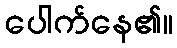
ပေါက်နေ၏။